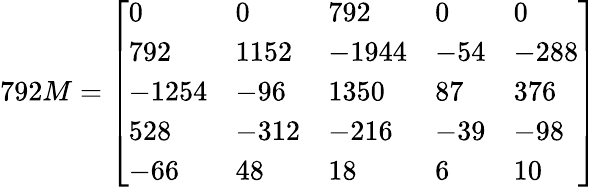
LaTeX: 792M=\left[\begin{array}{lllll}{0}&{0}&{792}&{0}&{0}\\ {792}&{1152}&{-1944}&{-54}&{-288}\\ {-1254}&{-96}&{1350}&{87}&{376}\\ {528}&{-312}&{-216}&{-39}&{-98}\\ {-66}&{48}&{18}&{6}&{10}\end{array}\right]